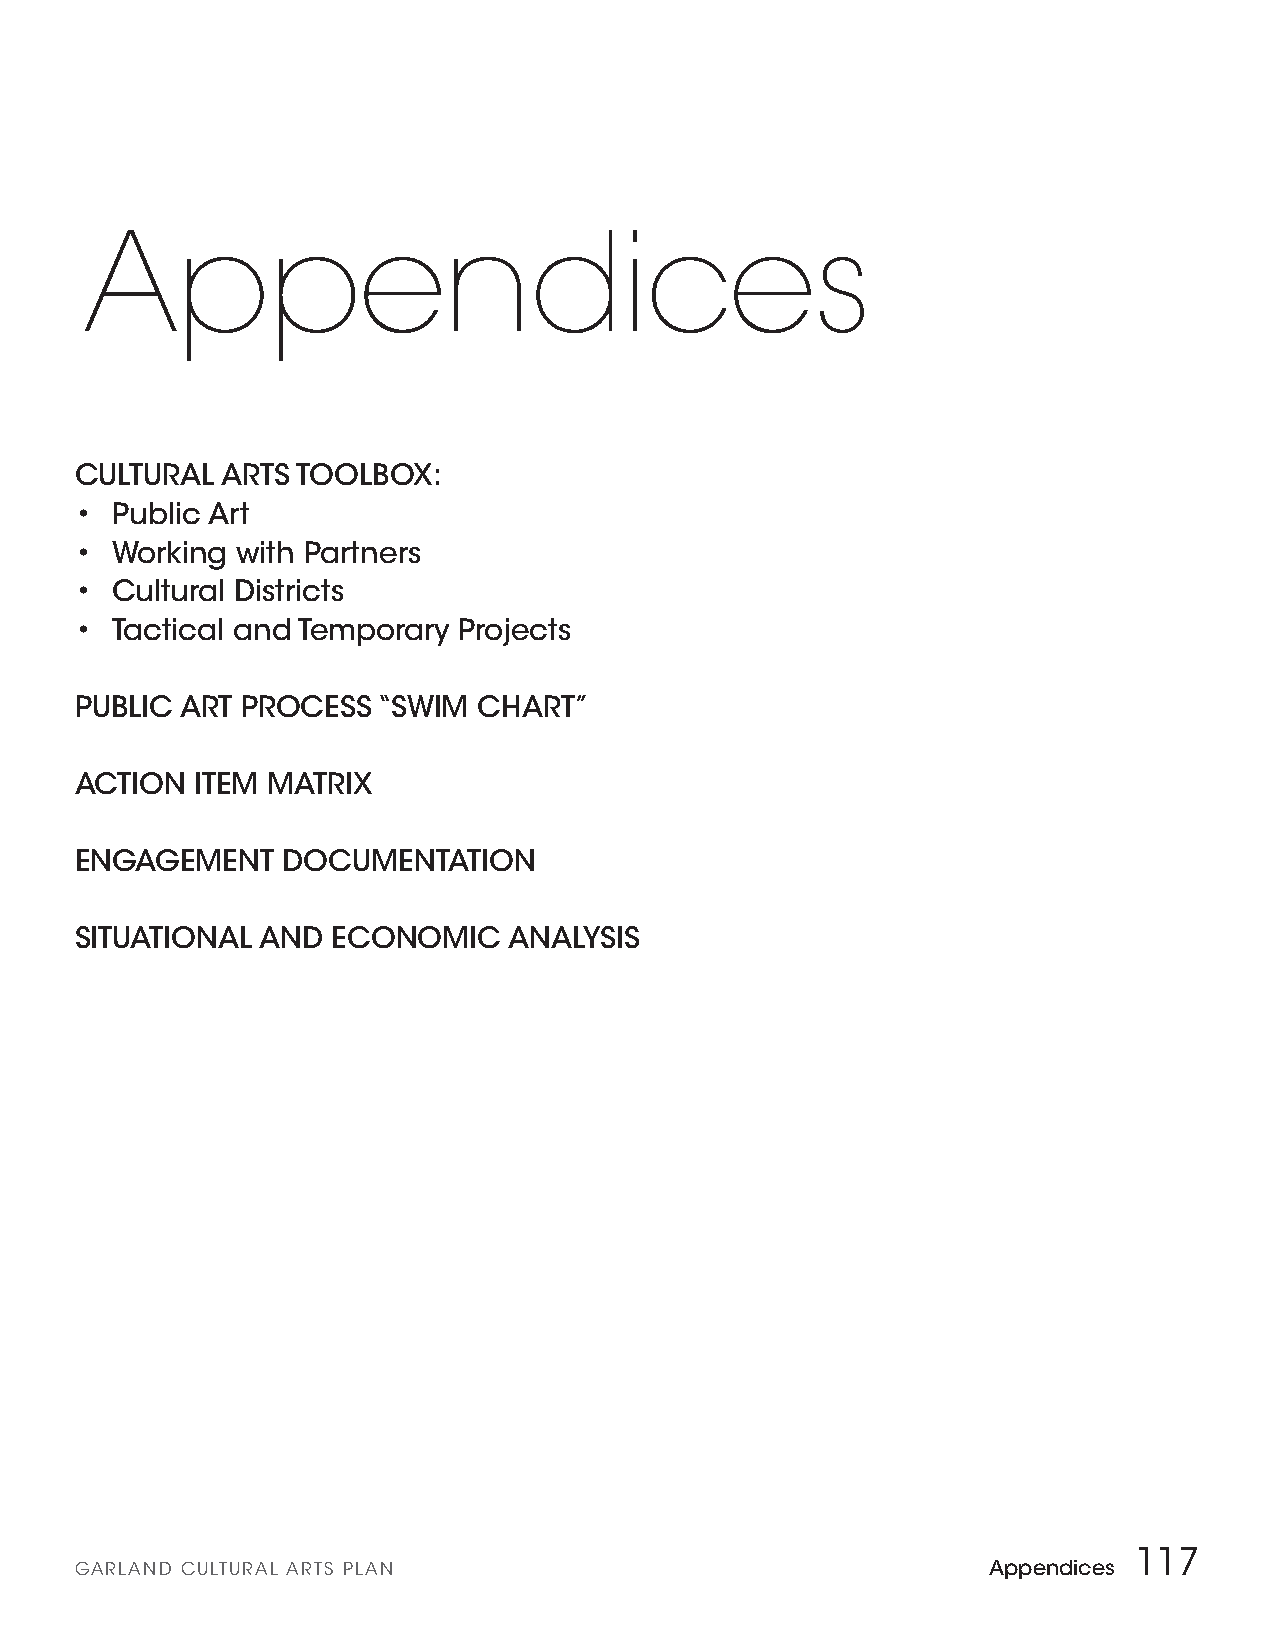
Appendices
 CULTURAL  ARTS TOOLBOX:
 • Public Art
 • Working  with Partners
 • Cultural Districts
 • Tactical and Temporary Projects
 PUBLIC ART PROCESS  “SWIM  CHART”
 ACTION  ITEM MATRIX
 ENGAGEMENT    DOCUMENTATION
 SITUATIONAL AND  ECONOMIC    ANALYSIS
 117
 GARLAND CULTURAL ARTS PLAN                                  Appendices